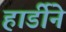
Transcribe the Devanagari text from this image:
हार्डीने